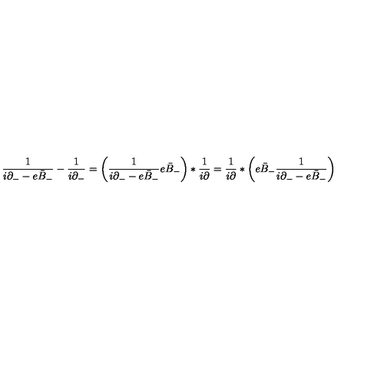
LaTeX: \frac { 1 } { i \partial _ { - } - e \bar { B } _ { - } } - \frac { 1 } { i \partial _ { - } } = \left( \frac { 1 } { i \partial _ { - } - e \bar { B } _ { - } } e \bar { B } _ { - } \right) * \frac { 1 } { i \partial } = \frac { 1 } { i \partial } \ast \left( e \bar { B } _ { - } \frac { 1 } { i \partial _ { - } - e \bar { B } _ { - } } \right) \,